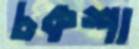
চকশা